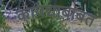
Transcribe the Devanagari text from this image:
कायद्याबाबत